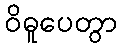
ဝိဓူပေတွာ